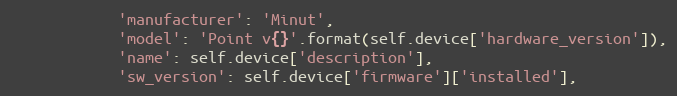
Language: Python
            'manufacturer': 'Minut',
            'model': 'Point v{}'.format(self.device['hardware_version']),
            'name': self.device['description'],
            'sw_version': self.device['firmware']['installed'],